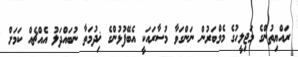
ރައްޔިތުންގެ މަޖިލީހުގެ މެމްބަރުން ނަންގަވާ މުސާރައަކީ އެބޭފުޅުންގެ ޚިދުމަތާ ނުބައްދަލު އެއްޗެއް ކަމަށް